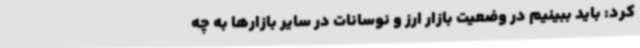
کرد: باید ببینیم در وضعیت بازار ارز و نوسانات در سایر بازارها به چه